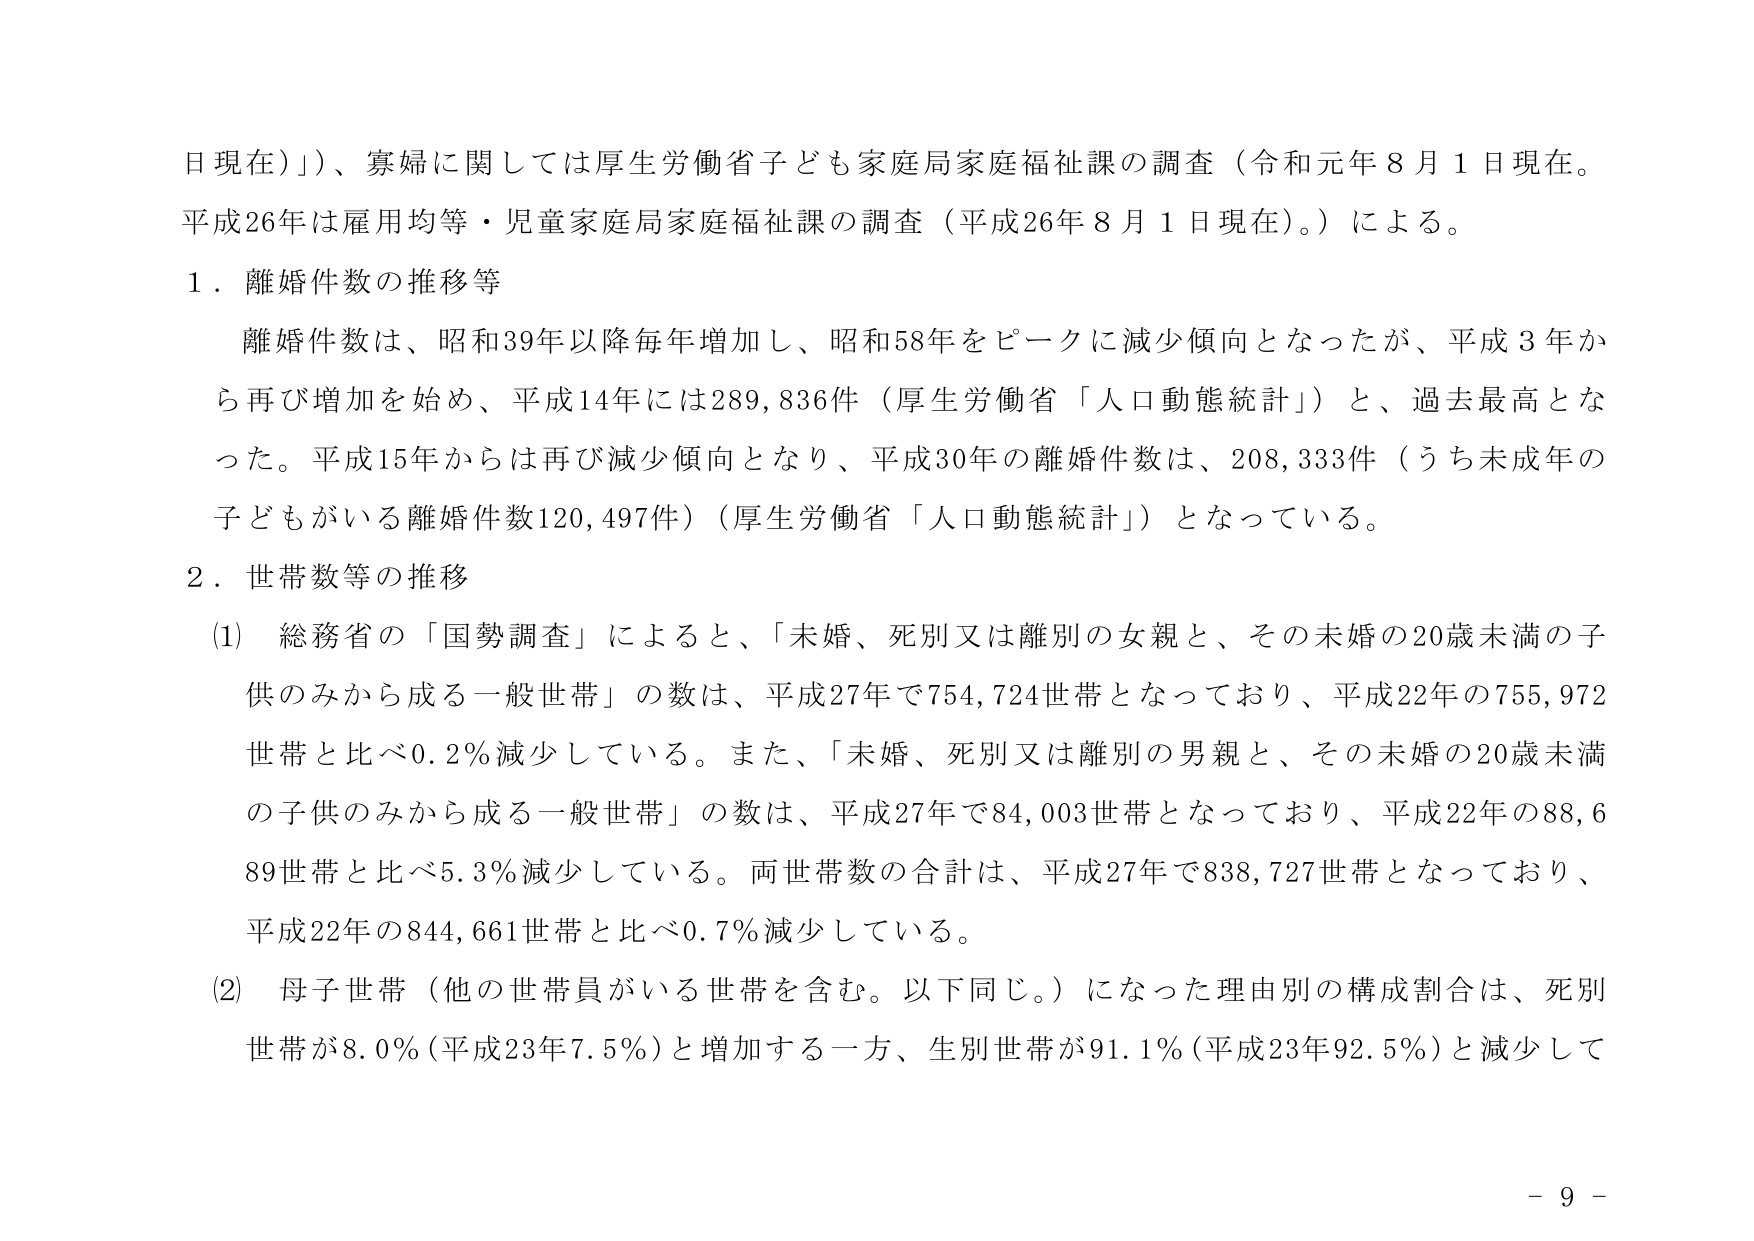
日現在）」）、寡婦に関しては厚生労働省子ども家庭局家庭福祉課の調査（令和元年８月１日現在。平成26年は雇用均等・児童家庭局家庭福祉課の調査（平成26年８月１日現在。）による。

１．離婚件数の推移等

　離婚件数は、昭和39年以降毎年増加し、昭和58年をピークに減少傾向となったが、平成３年から再び増加を始め、平成14年には289,836件（厚生労働省「人口動態統計」）と、過去最高となった。平成15年からは再び減少傾向となり、平成30年の離婚件数は、208,333件（うち未成年の子どもがいる離婚件数120,497件）（厚生労働省「人口動態統計」）となっている。

２．世帯数等の推移

（1）　総務省の「国勢調査」によると、「未婚、死別又は離別の女親と、その未婚の20歳未満の子供のみから成る一般世帯」の数は、平成27年で754,724世帯となっており、平成22年の755,972世帯と比べ0.2％減少している。また、「未婚、死別又は離別の男親と、その未婚の20歳未満の子供のみから成る一般世帯」の数は、平成27年で84,003世帯となっており、平成22年の88,689世帯と比べ5.3％減少している。両世帯数の合計は、平成27年で838,727世帯となっており、平成22年の844,661世帯と比べ0.7％減少している。

（2）　母子世帯（他の世帯員がいる世帯を含む。以下同じ。）になった理由別の構成割合は、死別世帯が8.0％（平成23年7.5％）と増加する一方、生別世帯が91.1％（平成23年92.5％）と減少して

－ 9 －